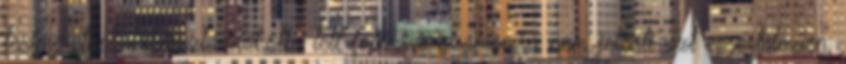
testméretnél, lábfesztávnál.stb. lett fotózva, számomra nem jelenti azt egyértelműen,